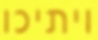
ויתיכו